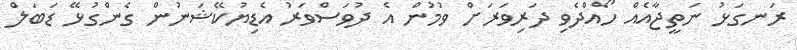
ރަނގަޅު ނަތީޖާއެއް ހޯއްދެވި ދަރިވަރަށް ވުމުން އެ ދުވަސްވަރު އެޑިޔުކޭޝަނުން ގެންގުޅޭ ޑަބަލް